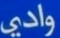
وادي